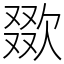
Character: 欼